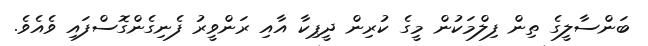
ބަންސާލީގެ ތިން ފިލްމަކުން މީގެ ކުރިން ދީޕިކާ އާއި ރަންވީރު ފެނިގެންގޮސްފައި ވެއެވެ.